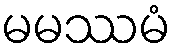
မမဿမံ